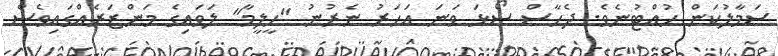
ސަމާލުކަން ހުއްޓުނެވެ. ދެހާސް ސޯޅަ ވަނަ އަހަރު ނެރުނު "ހީލީމާ" ލަވައިގެ މަންޒަރެއްގައިވެސް